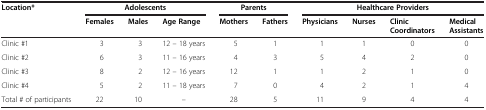
<table><thead><tr><td><b>Location*</b></td><td colspan="3"><b>Adolescents</b></td><td colspan="2"><b>Parents</b></td><td colspan="4"><b>Healthcare Providers</b></td></tr><tr><td><b> </b></td><td><b>Females</b></td><td><b>Males</b></td><td><b>Age Range</b></td><td><b>Mothers</b></td><td><b>Fathers</b></td><td><b>Physicians</b></td><td><b>Nurses</b></td><td><b>Clinic Coordinators</b></td><td><b>Medical Assistants</b></td></tr></thead><tbody><tr><td>Clinic #1</td><td>3</td><td>3</td><td>12 – 18 years</td><td>5</td><td>1</td><td>1</td><td>1</td><td>0</td><td>0</td></tr><tr><td>Clinic #2</td><td>6</td><td>3</td><td>11 – 16 years</td><td>4</td><td>3</td><td>5</td><td>4</td><td>2</td><td>0</td></tr><tr><td>Clinic #3</td><td>8</td><td>2</td><td>12 – 16 years</td><td>12</td><td>1</td><td>1</td><td>2</td><td>1</td><td>0</td></tr><tr><td>Clinic #4</td><td>5</td><td>2</td><td>11 – 18 years</td><td>7</td><td>0</td><td>4</td><td>2</td><td>1</td><td>4</td></tr><tr><td>Total # of participants</td><td>22</td><td>10</td><td>--</td><td>28</td><td>5</td><td>11</td><td>9</td><td>4</td><td>4</td></tr></tbody></table>